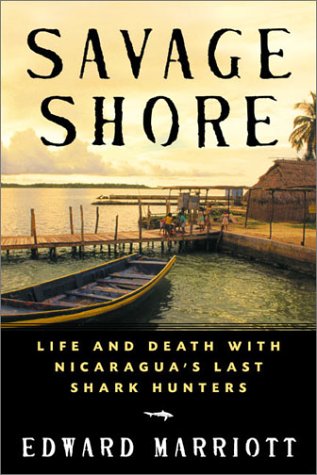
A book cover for Savage Shore: Life and Death with Nicaragua's Last Shark Hunters; Edward Marriott; Travel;